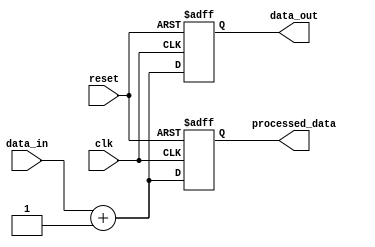
module behavioral_model (
    input wire clk,
    input wire reset,
    input wire [7:0] data_in,
    output reg [7:0] data_out,
    output reg [7:0] processed_data
);

    // Internal registers
    reg [7:0] temp_data;
    reg [7:0] intermediate_result;

    // Task to process data
    task process_data;
        input [7:0] in_data;
        output [7:0] out_data;
        begin
            // Example operation: simple addition with a constant
            out_data = in_data + 8'h1; // Increment the input data
        end
    endtask

    // Continuous assignment using non-blocking assignment
    always @(posedge clk or posedge reset) begin
        if (reset) begin
            data_out <= 8'b0;
            processed_data <= 8'b0;
        end else begin
            // Invoke the task to process data
            process_data(data_in, intermediate_result);
            // Update the registers with non-blocking assignment
            data_out <= intermediate_result; // Assign processed data
            processed_data <= intermediate_result; // Store processed data
        end
    end

endmodule